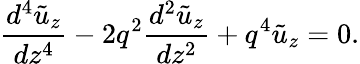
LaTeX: \frac{{{d}^{4}}\tilde{u}_{z}}{d{{z}^{4}}}-2{{q}^{2}}\frac{{{d}^{2}}\tilde{u}_{z}}{d{{z}^{2}}}+{{q}^{4}}\tilde{u}_{z}=0.